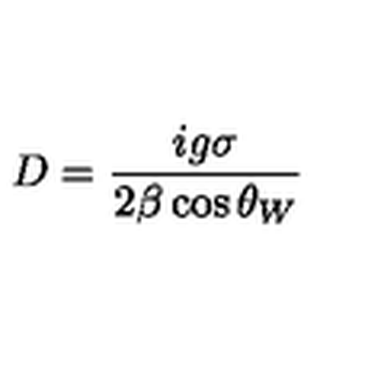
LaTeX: D = \frac { i g \sigma } { 2 \beta \cos \theta _ { W } }